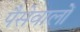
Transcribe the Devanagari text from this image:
पैसेवालों